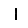
Digit: 1